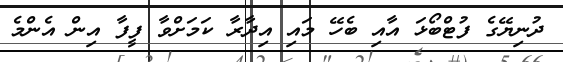
ދުނިޔޭގެ ފުޓްބޯޅަ އާއި ބެހޭ މައި އިދާރާ ކަމަށްވާ ފީފާ އިން އެންމެ